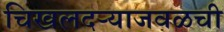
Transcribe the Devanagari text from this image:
चिखलदऱ्याजवळची